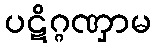
ပဋိဂ္ဂဏှာမ